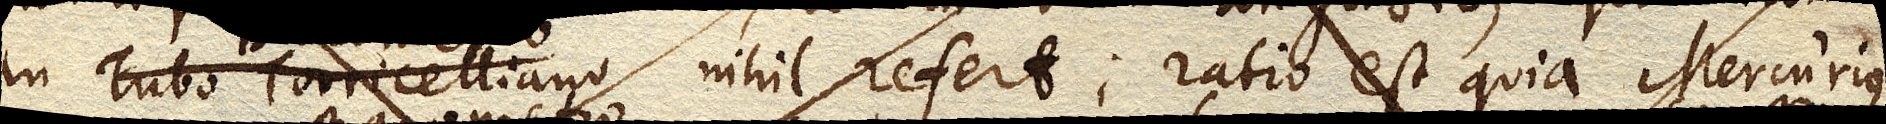
in Tubo Torricelliano nihil refert; ratio est quia Mercurius